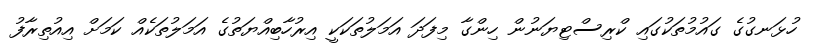
ހުޅަނގުގެ ގައުމުތަކުގައި ކްރިސްޓިޔަނުން ހިންގާ މިފަދަ އަމަލުތަކަކީ އިރުހާބިއްޔަތުގެ އަމަލުތަކެއް ކަމަށް އިއުތިރާފު